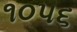
૧૦૫૬